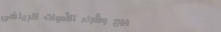
بيع وشراء الأدوات الرياضي